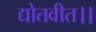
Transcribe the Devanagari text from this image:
द्योतवीत।।